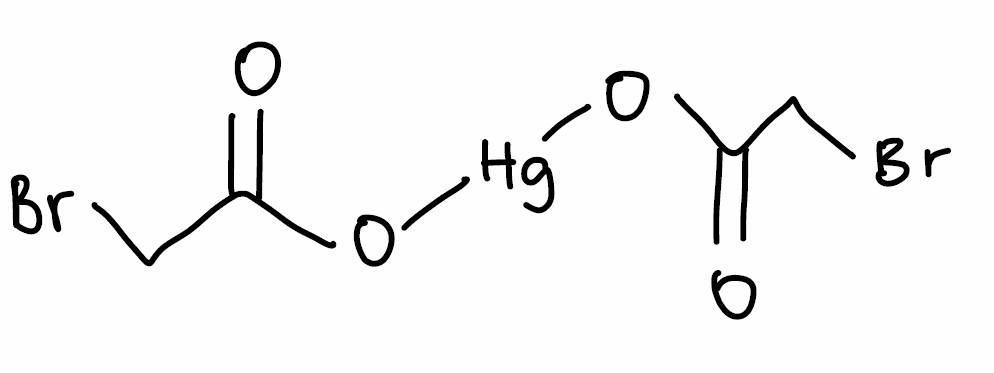
Simplified molecular-input line-entry system (SMILES) notation of the given molecule:
C(C(=O)O[Hg]OC(=O)CBr)Br